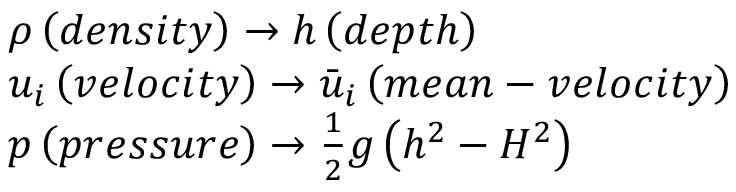
\begin{array} { r l } & { \rho \left( d e n s i t y \right) \to h \left( d e p t h \right) } \\ & { { { u } _ { i } } \left( v e l o c i t y \right) \to { { { \bar { u } } } _ { i } } \left( m e a n - v e l o c i t y \right) } \\ & { p \left( p r e s s u r e \right) \to \frac { 1 } { 2 } g \left( { { h } ^ { 2 } } - { { H } ^ { 2 } } \right) } \end{array}